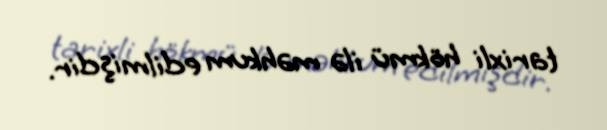
tarixli hökmü ilə məhkum edilmişdir.